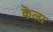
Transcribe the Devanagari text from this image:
कॆला